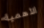
الأهمية